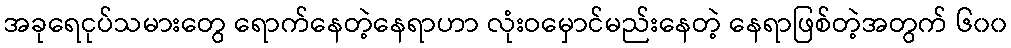
အခုရေငုပ်သမားတွေ ရောက်နေတဲ့နေရာဟာ လုံးဝမှောင်မည်းနေတဲ့ နေရာဖြစ်တဲ့အတွက် ၆၀၀